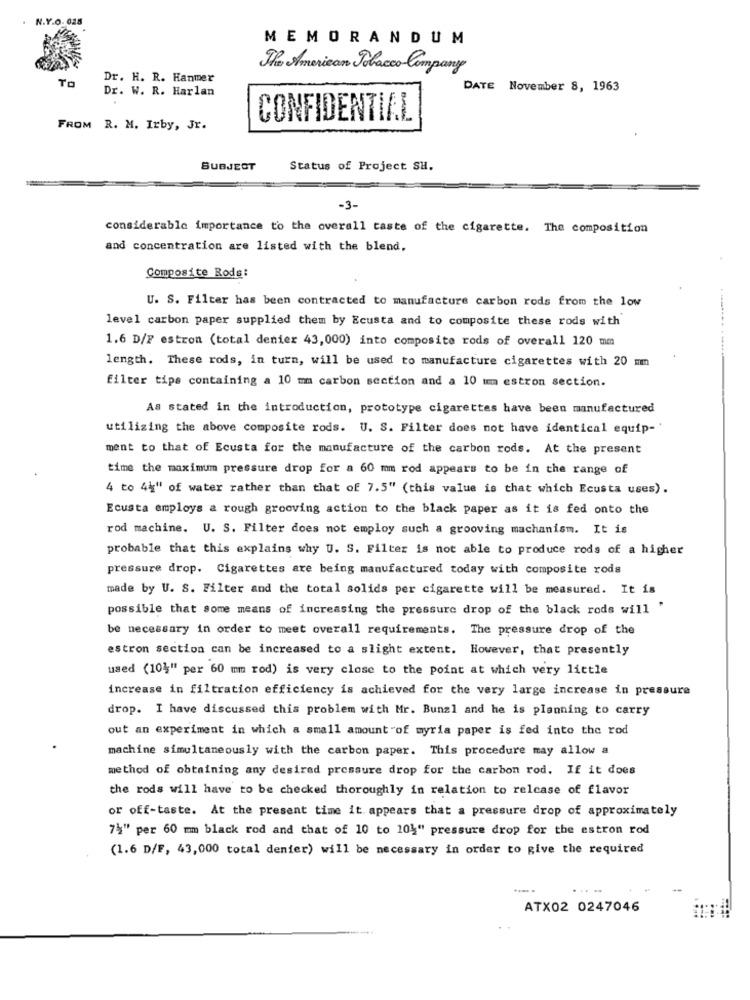
. N.Y.O. 028
MEMORANDUM
The American Tobacco Company
To
Dr. H. R. Hanmer
Dr. W. R. Harlan
DATE November 8, 1963
CONFIDENTIAL
FROM R. M. Irby, Jr.
SUBJECT
Status of Project SH.
-3-
considerable importance to the overall caste of the cigarette. The composition
and concentration are listed with the blend.
Composite Rods:
U. S. Filter has been contracted to manufacture carbon rods from the low
level carbon paper supplied them by Ecusta and to composite these rods with
1.6 D/F estron (total deniez 43,000) into composite rods of overall 120 mm
length. These rods, in turn, will be used to manufacture cigarettes with 20 mm
filter tips containing a 10 mm carbon section and a 10 mm estron section.
As stated in the introduction, prototype cigarettes have been manufactured
utilizing the above composite rods. U. S. Filter does not have identical equip-'
ment to that of Ecusta for the manufacture of the carbon rods. At the present
time the maximum pressure drop for a 60 mm rod appears to be in the range of
4 to 4\" of water rather than that of 7.5" (this value is that which Ecusta uses).
Ecusta employs a rough grooving action to the black paper as it is fed onto the
rod machine. U. S. Filter does not employ such a grooving machanism. It is
probable that this explains why U. S. Filter is not able to produce rods of a higher
pressure drop. Cigarettes are being manufactured today with composite rods
made by U. S. Filter and the total solids per cigarette will be measured. It is
possible that some means of increasing the pressure drop of the black rods will '
be necessary in order to meet overall requirements. The pressure drop of the
estron section can be increased to a slight extent. However, that presently
used (104" per 60 mm rod) is very close to the point at which very little
increase in filtration efficiency is achieved for the very large increase in pressure
drop. I have discussed this problem with Mr. Bunzl and he is planning to carry
out an experiment in which a small amount of myria paper is fed into the rod
machine simultaneously with the carbon paper. This procedure may allow a
method of obtaining any desired pressure drop for the carbon rod. If it does
the rods will have to be checked thoroughly in relation to relcase of flavor
or off-taste. At the present time it appears that a pressure drop of approximately
7\" per 60 mm black rod and that of 10 to 104" pressure drop for the estron rod
(1.6 D/F, 43,000 total denier) will be necessary in order to give the required
ATX02 0247046